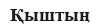
Қыштың